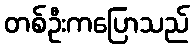
တစ်ဦးကပြောသည်